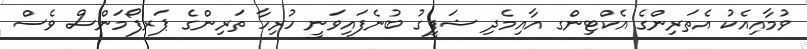
ވުމާއިއެކު އެތަރިންގެ އެކްޓިންގ އާއިމެދި ޝަފީގު ބުނެފައިވަނީ ހުރިހާ ތަރިންގެ ޕަރފޯމަންސް ވެސް